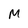
Character: M